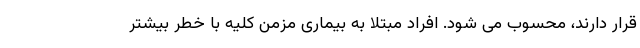
قرار دارند، محسوب می شود. افراد مبتلا به بیماری مزمن کلیه با خطر بیشتر